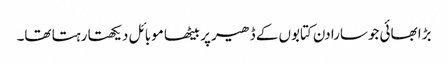
بڑا بھائی جوسارا دن کتابوں کے ڈھیر پر بیٹھا موبائل دیکھتا رہتا تھا۔